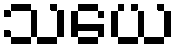
သယေ